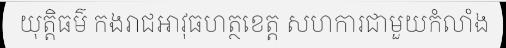
យុត្តិធម៌ កងរាជអាវុធហត្ថខេត្ត សហការជាមួយកំលាំង